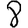
Digit: 8